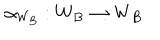
LaTeX: \alpha _ { W _ { B } } : W _ { B } \to W _ { B }